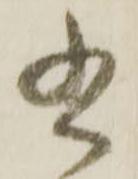
書